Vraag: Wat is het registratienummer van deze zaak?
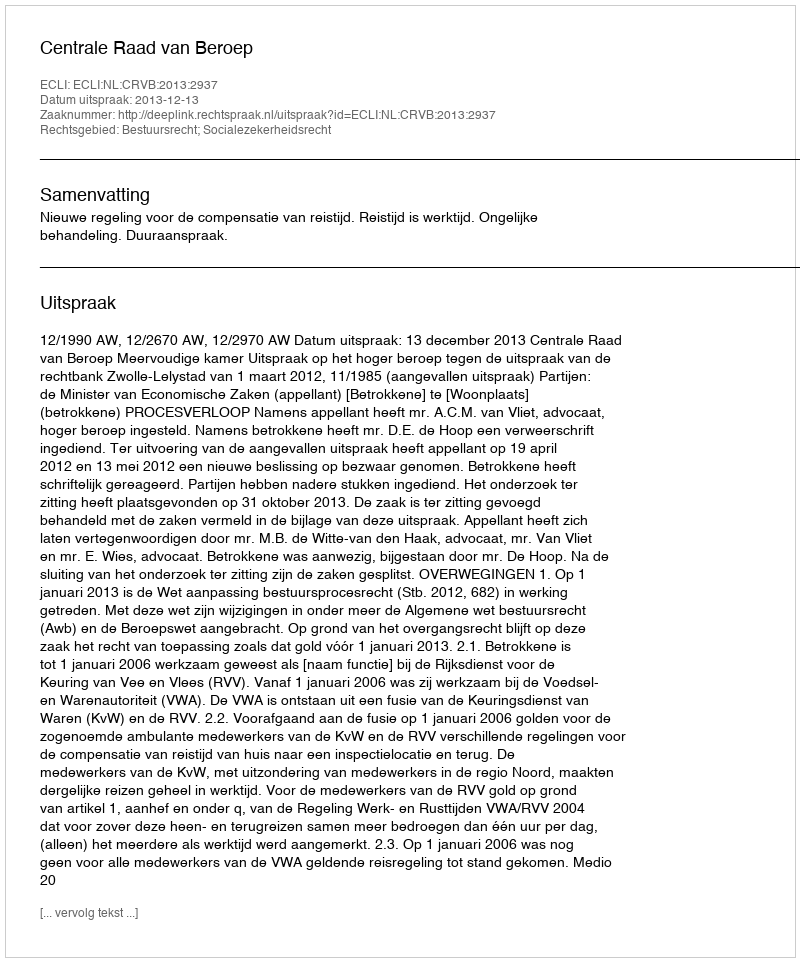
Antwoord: http://deeplink.rechtspraak.nl/uitspraak?id=ECLI:NL:CRVB:2013:2937